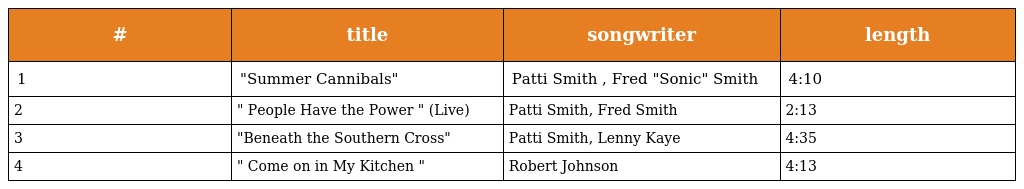
| # | title | songwriter | length |
 | --- | --- | --- | --- |
 | 1 | "Summer Cannibals" | Patti Smith , Fred "Sonic" Smith | 4:10 |
 | 2 | " People Have the Power " (Live) | Patti Smith, Fred Smith | 2:13 |
 | 3 | "Beneath the Southern Cross" | Patti Smith, Lenny Kaye | 4:35 |
 | 4 | " Come on in My Kitchen " | Robert Johnson | 4:13 |